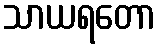
သာယရတော